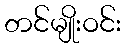
တင်မျိုးဝင်း